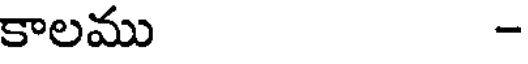
కాలము -